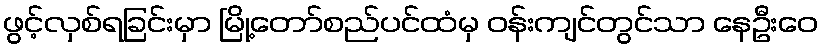
ဖွင့်လှစ်ရခြင်းမှာ မြို့တော်စည်ပင်ထံမှ ဝန်းကျင်တွင်သာ နေဦးဝေ